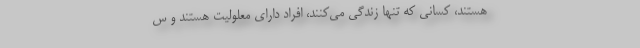
هستند، کسانی که تنها زندگی می‌کنند، افراد دارای معلولیت هستند و س